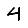
Digit: 4